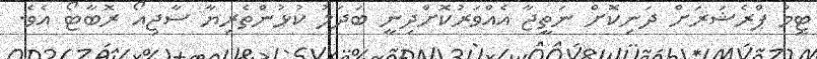
ޓީމު ޕްރެޝަރަށް ދަނިކޮށް ނަތީޖާ އެއްވަރުކޮށްދިނީ ބަދަލު ކުޅުންތެރިޔާ ސާޖިއޯ ރޮބާޓޯ އެވެ.